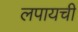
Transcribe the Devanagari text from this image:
लपायची